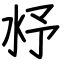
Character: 沀